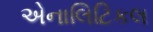
એનાલિટિકલ